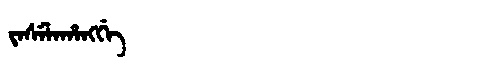
Manchu: ᠵᠠᠰᡝᠯᠠᡥᠠᠩᡤᡝ
Romanization: JASELAHANGGE